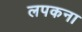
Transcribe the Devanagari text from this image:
लपकना